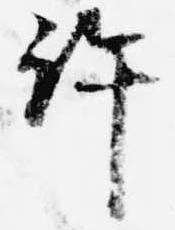
許